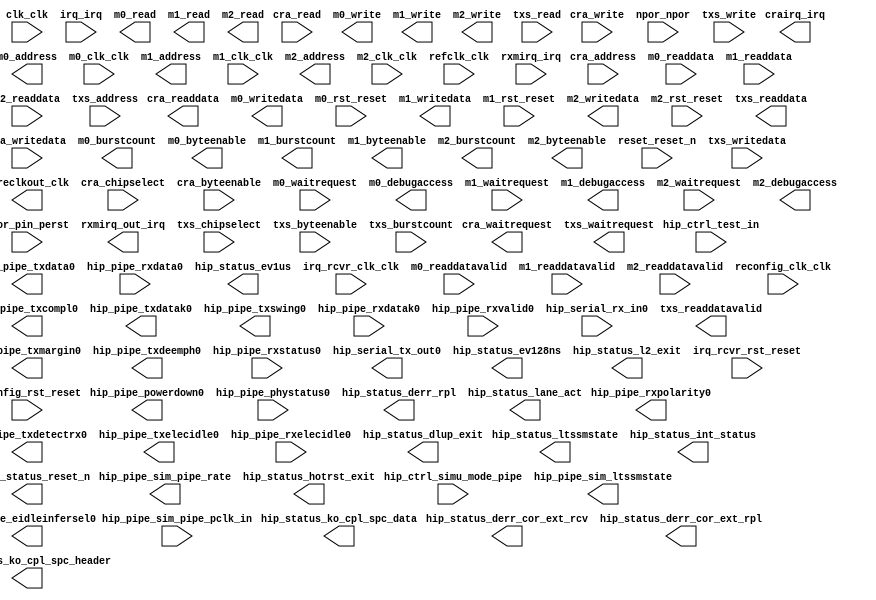

module pcie_avmm (
	clk_clk,
	coreclkout_clk,
	cra_chipselect,
	cra_address,
	cra_byteenable,
	cra_read,
	cra_readdata,
	cra_write,
	cra_writedata,
	cra_waitrequest,
	crairq_irq,
	hip_ctrl_test_in,
	hip_ctrl_simu_mode_pipe,
	hip_pipe_sim_pipe_pclk_in,
	hip_pipe_sim_pipe_rate,
	hip_pipe_sim_ltssmstate,
	hip_pipe_eidleinfersel0,
	hip_pipe_powerdown0,
	hip_pipe_rxpolarity0,
	hip_pipe_txcompl0,
	hip_pipe_txdata0,
	hip_pipe_txdatak0,
	hip_pipe_txdetectrx0,
	hip_pipe_txelecidle0,
	hip_pipe_txswing0,
	hip_pipe_txmargin0,
	hip_pipe_txdeemph0,
	hip_pipe_phystatus0,
	hip_pipe_rxdata0,
	hip_pipe_rxdatak0,
	hip_pipe_rxelecidle0,
	hip_pipe_rxstatus0,
	hip_pipe_rxvalid0,
	hip_serial_rx_in0,
	hip_serial_tx_out0,
	hip_status_derr_cor_ext_rcv,
	hip_status_derr_cor_ext_rpl,
	hip_status_derr_rpl,
	hip_status_dlup_exit,
	hip_status_ltssmstate,
	hip_status_ev128ns,
	hip_status_ev1us,
	hip_status_hotrst_exit,
	hip_status_int_status,
	hip_status_l2_exit,
	hip_status_lane_act,
	hip_status_ko_cpl_spc_header,
	hip_status_ko_cpl_spc_data,
	irq_irq,
	irq_rcvr_clk_clk,
	irq_rcvr_rst_reset,
	m0_waitrequest,
	m0_readdata,
	m0_readdatavalid,
	m0_burstcount,
	m0_writedata,
	m0_address,
	m0_write,
	m0_read,
	m0_byteenable,
	m0_debugaccess,
	m0_clk_clk,
	m0_rst_reset,
	m1_waitrequest,
	m1_readdata,
	m1_readdatavalid,
	m1_burstcount,
	m1_writedata,
	m1_address,
	m1_write,
	m1_read,
	m1_byteenable,
	m1_debugaccess,
	m1_clk_clk,
	m1_rst_reset,
	m2_waitrequest,
	m2_readdata,
	m2_readdatavalid,
	m2_burstcount,
	m2_writedata,
	m2_address,
	m2_write,
	m2_read,
	m2_byteenable,
	m2_debugaccess,
	m2_clk_clk,
	m2_rst_reset,
	npor_npor,
	npor_pin_perst,
	nreset_status_reset_n,
	reconfig_clk_clk,
	reconfig_rst_reset,
	refclk_clk,
	reset_reset_n,
	rxmirq_irq,
	rxmirq_out_irq,
	txs_chipselect,
	txs_byteenable,
	txs_readdata,
	txs_writedata,
	txs_read,
	txs_write,
	txs_burstcount,
	txs_readdatavalid,
	txs_waitrequest,
	txs_address);	

	input		clk_clk;
	output		coreclkout_clk;
	input		cra_chipselect;
	input	[13:0]	cra_address;
	input	[3:0]	cra_byteenable;
	input		cra_read;
	output	[31:0]	cra_readdata;
	input		cra_write;
	input	[31:0]	cra_writedata;
	output		cra_waitrequest;
	output		crairq_irq;
	input	[31:0]	hip_ctrl_test_in;
	input		hip_ctrl_simu_mode_pipe;
	input		hip_pipe_sim_pipe_pclk_in;
	output	[1:0]	hip_pipe_sim_pipe_rate;
	output	[4:0]	hip_pipe_sim_ltssmstate;
	output	[2:0]	hip_pipe_eidleinfersel0;
	output	[1:0]	hip_pipe_powerdown0;
	output		hip_pipe_rxpolarity0;
	output		hip_pipe_txcompl0;
	output	[7:0]	hip_pipe_txdata0;
	output		hip_pipe_txdatak0;
	output		hip_pipe_txdetectrx0;
	output		hip_pipe_txelecidle0;
	output		hip_pipe_txswing0;
	output	[2:0]	hip_pipe_txmargin0;
	output		hip_pipe_txdeemph0;
	input		hip_pipe_phystatus0;
	input	[7:0]	hip_pipe_rxdata0;
	input		hip_pipe_rxdatak0;
	input		hip_pipe_rxelecidle0;
	input	[2:0]	hip_pipe_rxstatus0;
	input		hip_pipe_rxvalid0;
	input		hip_serial_rx_in0;
	output		hip_serial_tx_out0;
	output		hip_status_derr_cor_ext_rcv;
	output		hip_status_derr_cor_ext_rpl;
	output		hip_status_derr_rpl;
	output		hip_status_dlup_exit;
	output	[4:0]	hip_status_ltssmstate;
	output		hip_status_ev128ns;
	output		hip_status_ev1us;
	output		hip_status_hotrst_exit;
	output	[3:0]	hip_status_int_status;
	output		hip_status_l2_exit;
	output	[3:0]	hip_status_lane_act;
	output	[7:0]	hip_status_ko_cpl_spc_header;
	output	[11:0]	hip_status_ko_cpl_spc_data;
	input	[15:0]	irq_irq;
	input		irq_rcvr_clk_clk;
	input		irq_rcvr_rst_reset;
	input		m0_waitrequest;
	input	[63:0]	m0_readdata;
	input		m0_readdatavalid;
	output	[0:0]	m0_burstcount;
	output	[63:0]	m0_writedata;
	output	[15:0]	m0_address;
	output		m0_write;
	output		m0_read;
	output	[7:0]	m0_byteenable;
	output		m0_debugaccess;
	input		m0_clk_clk;
	input		m0_rst_reset;
	input		m1_waitrequest;
	input	[63:0]	m1_readdata;
	input		m1_readdatavalid;
	output	[3:0]	m1_burstcount;
	output	[63:0]	m1_writedata;
	output	[16:0]	m1_address;
	output		m1_write;
	output		m1_read;
	output	[7:0]	m1_byteenable;
	output		m1_debugaccess;
	input		m1_clk_clk;
	input		m1_rst_reset;
	input		m2_waitrequest;
	input	[63:0]	m2_readdata;
	input		m2_readdatavalid;
	output	[3:0]	m2_burstcount;
	output	[63:0]	m2_writedata;
	output	[19:0]	m2_address;
	output		m2_write;
	output		m2_read;
	output	[7:0]	m2_byteenable;
	output		m2_debugaccess;
	input		m2_clk_clk;
	input		m2_rst_reset;
	input		npor_npor;
	input		npor_pin_perst;
	output		nreset_status_reset_n;
	input		reconfig_clk_clk;
	input		reconfig_rst_reset;
	input		refclk_clk;
	input		reset_reset_n;
	input	[15:0]	rxmirq_irq;
	output	[15:0]	rxmirq_out_irq;
	input		txs_chipselect;
	input	[7:0]	txs_byteenable;
	output	[63:0]	txs_readdata;
	input	[63:0]	txs_writedata;
	input		txs_read;
	input		txs_write;
	input	[6:0]	txs_burstcount;
	output		txs_readdatavalid;
	output		txs_waitrequest;
	input	[12:0]	txs_address;
endmodule